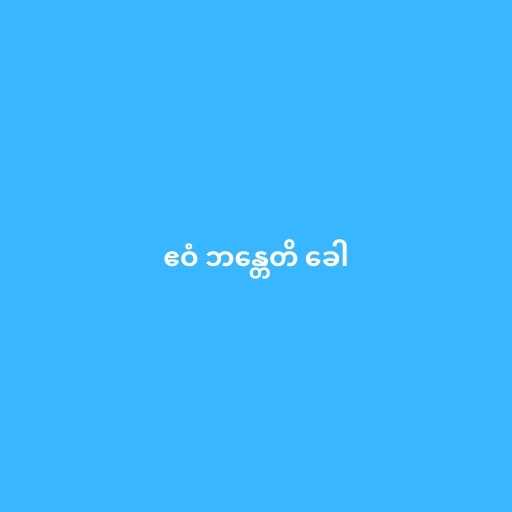
ဧဝံ ဘန္တေတိ ခေါ